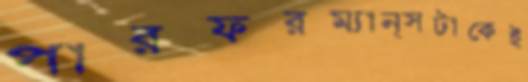
পারফরম্যান্সটাকেই